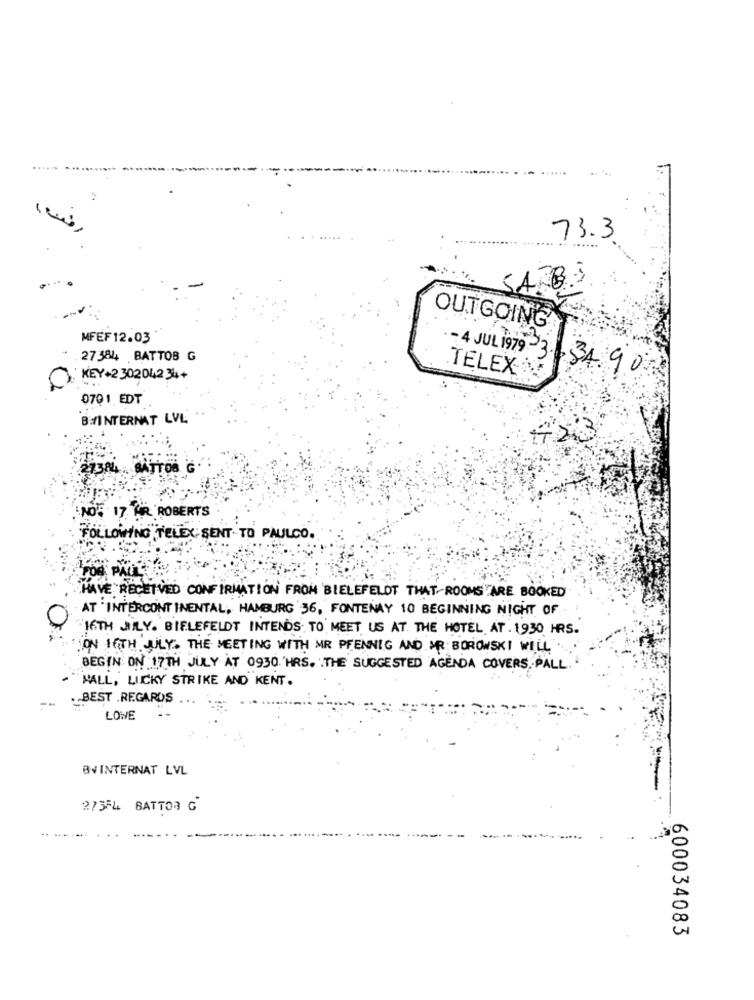
.....
73.3
......
SABE
OUTGOING
MFEF12.03
- 4 JUL 1979 3.
.27 384 BATTOB G
84.90
KEY+2 302042 34+
TELEX
0701 EDT
BHVINTERNAT LVL
27384
SATTOS
NOT 17 AR ROBERTS
FOLLOWING TELEX SENT TO PAULCO .
HAVE RECEIVED CONFIRMATION FROM BIELEFELDT THAT-ROOMSTARE BOOKED
AT INTERCONTINENTAL, HAMBURG 36, FONTENAY 10 BEGINNING NIGHT OF
16TH JILY. BIELEFELDT INTENDS TO MEET US AT THE HOTEL AT . 1930 HRS.
ON IGTH JULY. THE MEETING WITH MR PFENNIG AND OR BOROWSKI WILL
BEGIN ON 17TH JULY AT 0930 HRS. THE SUGGESTED AGENDA COVERS PALL
MALL, LUCKY STRIKE AND KENT.
BEST REGARDS
LOWE
BV INTERNAT LVL
27354 BATTOR G
600034083